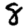
Digit: 8